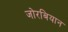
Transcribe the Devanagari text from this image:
जोरबियान